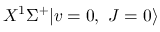
X ^ { 1 } \Sigma ^ { + } | v = 0 , \ J = 0 \rangle